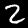
Label: 2